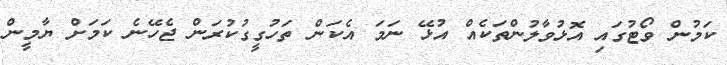
ކަމުން ވޯޓުގައި އޮޅުވާލުންތަކެއް އުޅޭ ނަމަ އެކަން ތަހުގީގުކުރަން ޖެހޭނެ ކަމަށް ޔާމީން